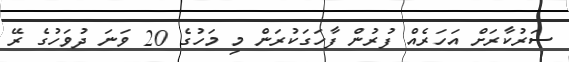
ސަރުކާރަށް އަހަރެއް ފުރުން ފާހަގަކުރަން މި މަހުގެ 20 ވަނަ ދުވަހުގެ ރޭ